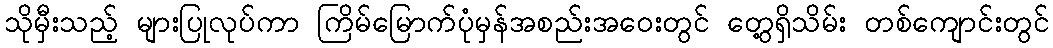
သိုမှီးသည့် များပြုလုပ်ကာ ကြိမ်မြောက်ပုံမှန်အစည်းအဝေးတွင် တွေ့ရှိသိမ်း တစ်ကျောင်းတွင်